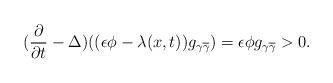
LaTeX: \begin{align*}(\frac{\partial}{\partial t}-\Delta)((\epsilon\phi-\lambda(x, t)) g_{\gamma\overline{\gamma}}) = \epsilon\phi g_{\gamma\overline{\gamma}}> 0.\end{align*}